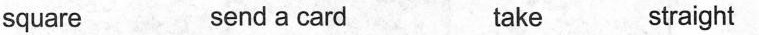
square send a card take straight